Juri_Uluots, lk 5
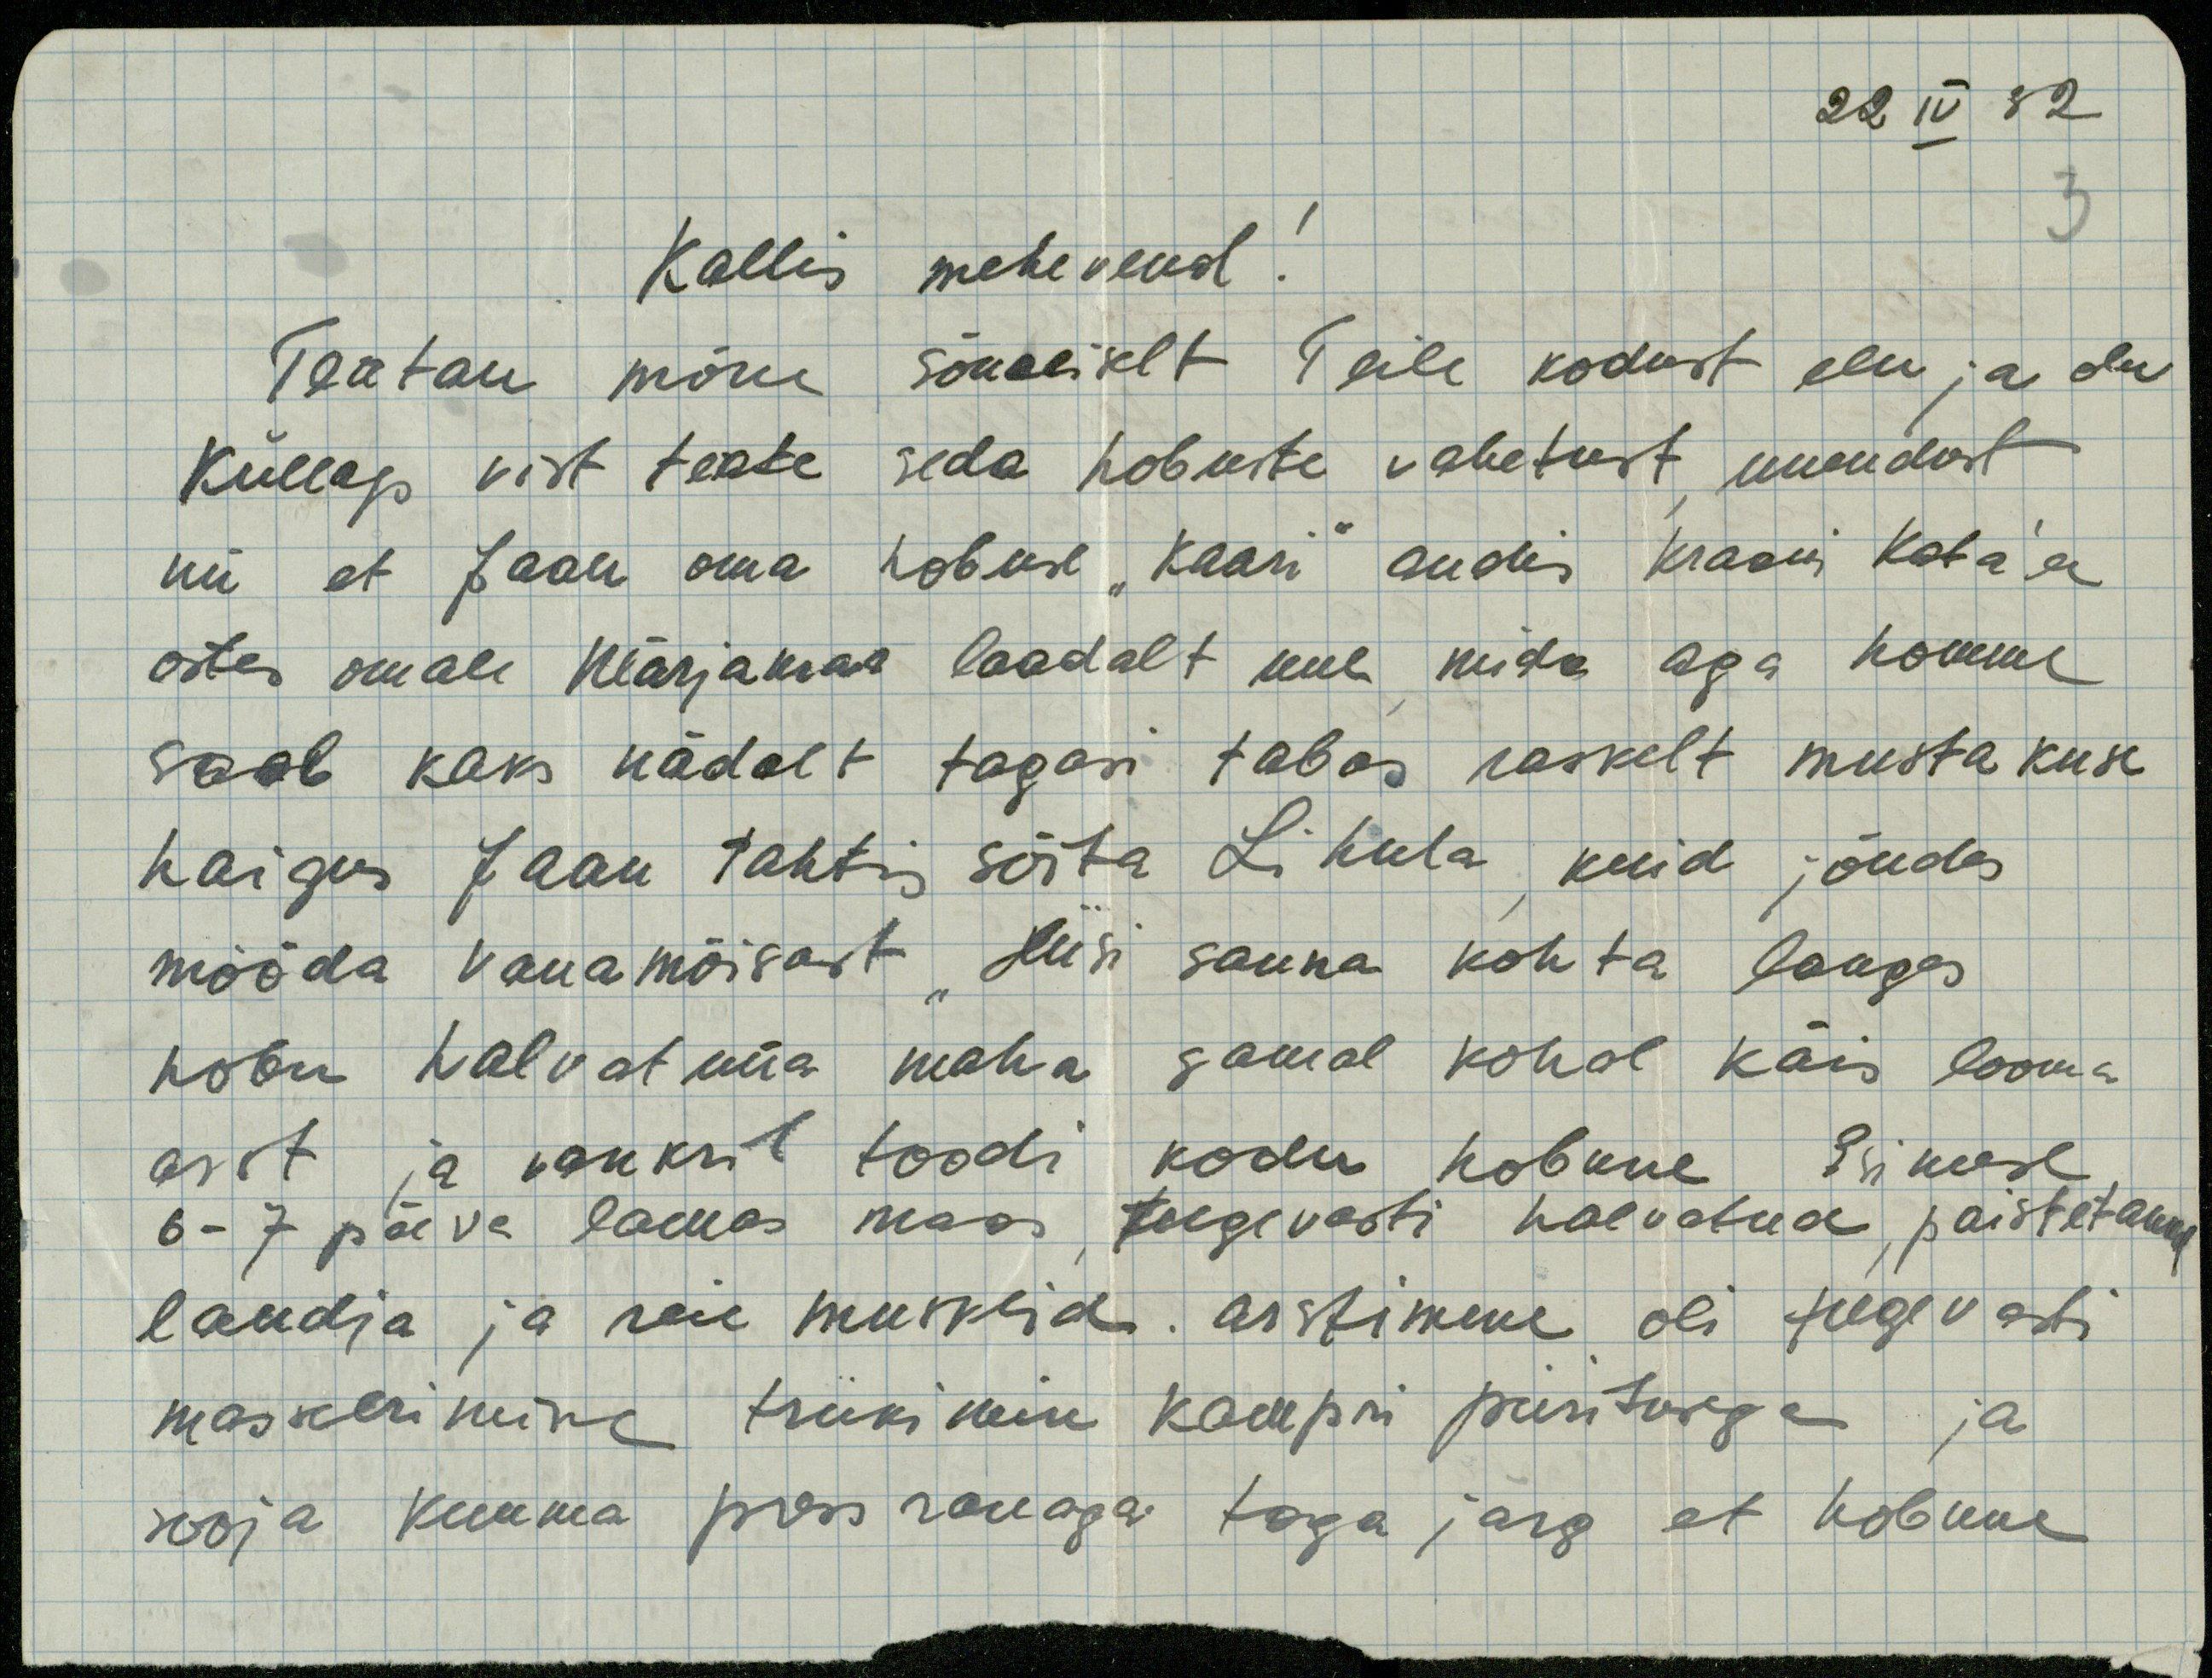
22 IV 32
Kallis mehevend!
3
Teatan mõne sõnaliselt Teile kodust elu ja olu
Küllap vist teate seda hobuste vahetust, uuendust
nii et Jaan oma hobuse "Kaari" andis Kraavi Kata'le
ostes omale Märjamaa laadalt uue mida aga homme
saab kaks nädalt tagasi tabas raskelt musta kuse
haigus Jaan tahtis sõita Lihula, kuid jõudes
mööda Vanamõisast Liisi sauna kohta langes
hobu halvatuna maha samal kohal käis looma
arst ja vankril toodi kodu hobune Esimese
6-7 päeva lamas maas, tugevasti halvatud, paistetanud
laudja ja reie murrud. arstimene oli tugevati
masserimine triikimin kampri piiritusega ja
sooja kuuma press rauaga taga järg et hobune